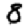
Digit: 8